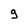
Character: 9